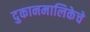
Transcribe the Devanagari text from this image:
दुकानमालिकेचे